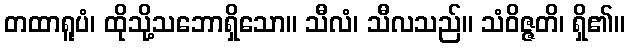
တထာရူပံ၊ ထိုသို့သဘောရှိသော။ သီလံ၊ သီလသည်။ သံဝိဇ္ဇတိ၊ ရှိ၏။